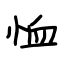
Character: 恤